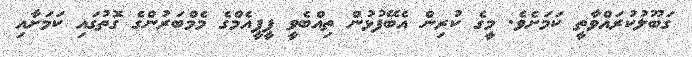
ގަބޫލުކުރައްވާތީ ކަމަށެވެ. މީގެ ކުރިން އެބޭފުޅުން ތިއްބެވީ ޕީޕީއެމްގެ މެމްބަރުންގެ ގޮތުގައި ކަމަށާއި